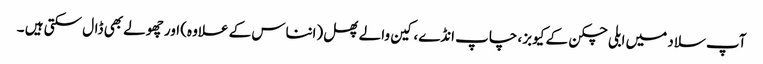
آپ سلاد میں ابلی چکن کے کیوبز، چاپ انڈے، کین والے پھل (انناس کے علاوہ) اور چھولے بھی ڈال سکتی ہیں ۔